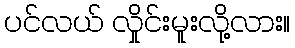
ပင်လယ် လှိုင်းမူးလို့လား။